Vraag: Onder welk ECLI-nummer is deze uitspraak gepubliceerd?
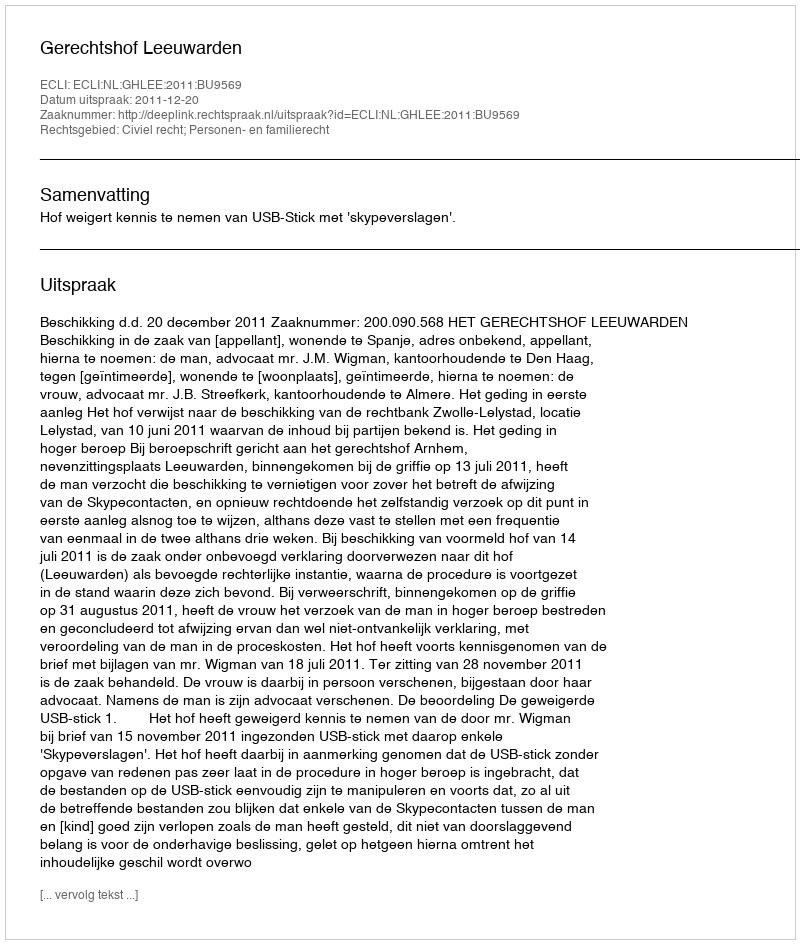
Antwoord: ECLI:NL:GHLEE:2011:BU9569